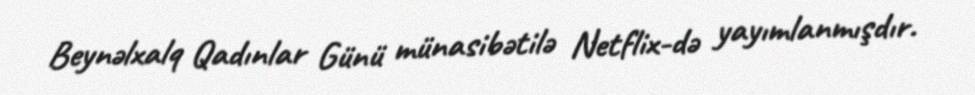
Beynəlxalq Qadınlar Günü münasibətilə Netflix-də yayımlanmışdır.